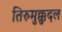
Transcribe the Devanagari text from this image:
तिरुमुक्कुदल